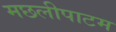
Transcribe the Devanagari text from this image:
मछलीपाटम